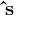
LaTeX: \mathbf { \hat { s } }